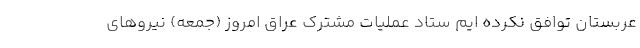
عربستان توافق نکرده ایم ستاد عملیات مشترک عراق امروز (جمعه) نیروهای